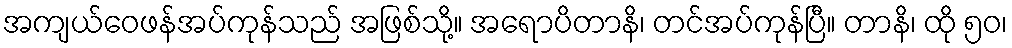
အကျယ်ဝေဖန်အပ်ကုန်သည် အဖြစ်သို့။ အရောပိတာနိ၊ တင်အပ်ကုန်ပြီ။ တာနိ၊ ထို ၅၀၊